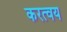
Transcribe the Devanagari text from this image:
करत्वय